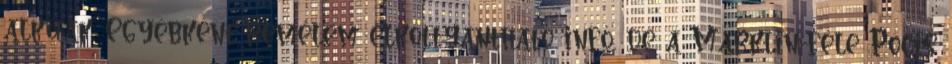
alkúak. Egyébként remélem elkottyantható infó, de a Marklin-féle Pöcis